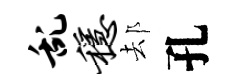
乱稳𨚫孔